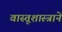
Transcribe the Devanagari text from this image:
वास्तूशास्त्राने